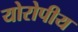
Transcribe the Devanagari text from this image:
योरोपीय